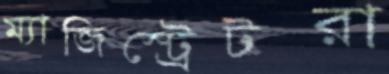
ম্যাজিস্ট্রেটরা